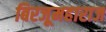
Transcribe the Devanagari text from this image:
बिरजूमहाराज